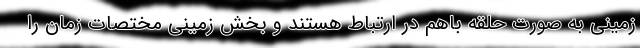
زمینی به صورت حلقه باهم در ارتباط هستند و بخش زمینی مختصات زمان را